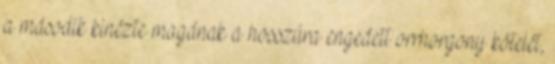
a második kinézte magának a hosszúra engedett orrhorgony kötelét,